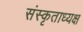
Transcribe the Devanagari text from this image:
संस्कृताध्यक्ष